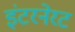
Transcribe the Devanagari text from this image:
इंटरनेरट